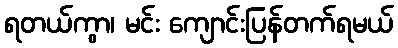
ရတယ်ကွာ၊ မင်း ကျောင်းပြန်တက်ရမယ်